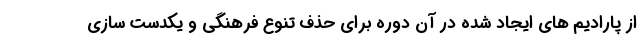
از پارادیم های ایجاد شده در آن دوره برای حذف تنوع فرهنگی و یکدست سازی